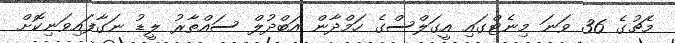
މެޗުގެ 36 ވަނަ މިނެޓްގައި އީގަލްސްގެ ހަމްދާން އަބްދުލް ސައްތާރު ލީޑު ނަގާފައިވަނިކޮށް